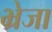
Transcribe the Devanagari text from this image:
भ्रेजा